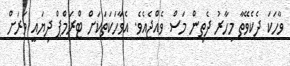
ވާހަކަ ދެކެވޭތާ މިހާރު ދެތިން މަސް ވެއްޖެއެވެ. އެވާހަކަތަކަށް ޓްރަމްޕް ދިޔައީ ވަރަށް